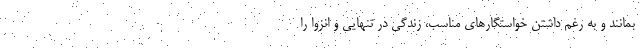
بمانند و به رغم داشتن خواستگارهای مناسب، زندگی در تنهایی و انزوا را